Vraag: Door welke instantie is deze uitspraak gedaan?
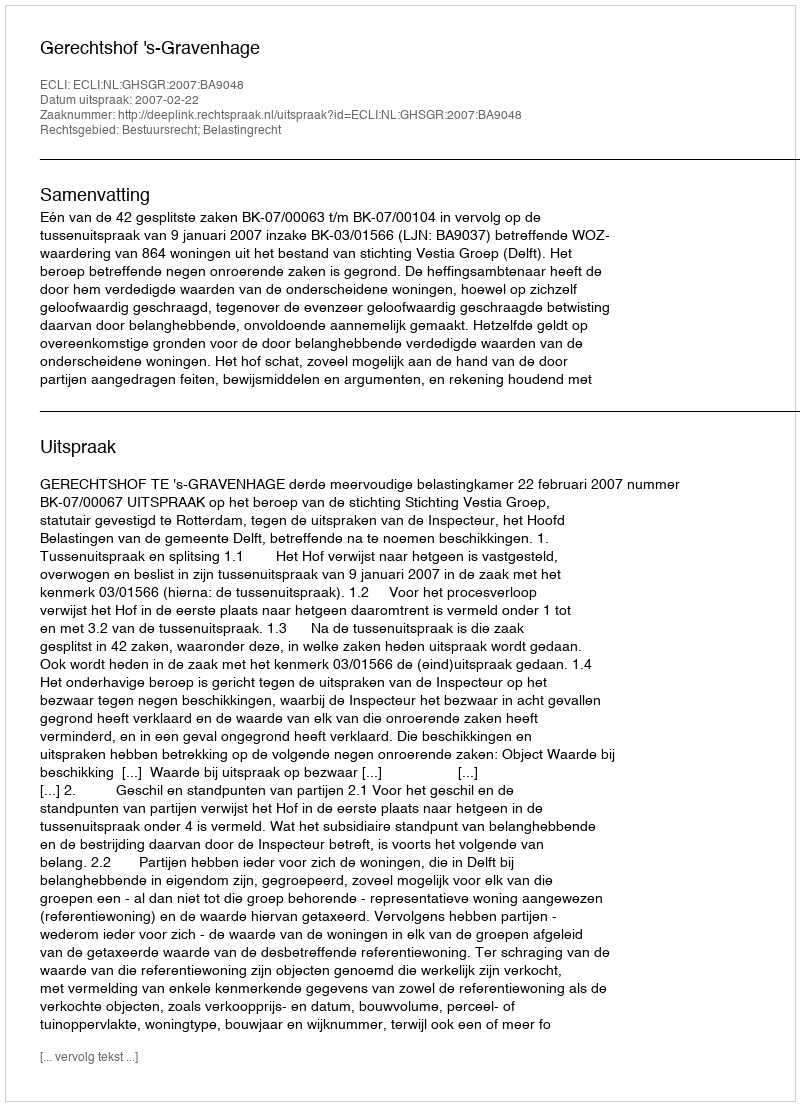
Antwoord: Gerechtshof 's-Gravenhage